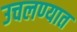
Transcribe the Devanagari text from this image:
उचलण्‍यात